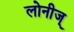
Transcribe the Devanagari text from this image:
लोनीज्